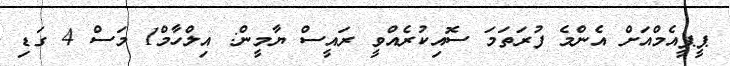
ޕީޕީއެމްއަށް އެންމެ ފުރަތަމަ ސޮއިކުރެއްވީ ރައީސް ޔާމީން: އިލްހާމް1 މަސް 4 ގަޑި